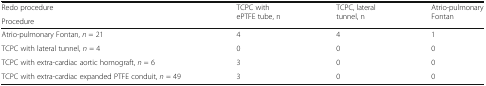
| Redo procedure | <ROWSPAN=2> TCPC with ePTFE tube, n | <ROWSPAN=2> TCPC, lateral tunnel, n | <ROWSPAN=2> Atrio-pulmonary Fontan |
 | Procedure |
 | --- | --- | --- | --- |
 | Atrio-pulmonary Fontan, n = 21 | 4 | 4 | 1 |
 | TCPC with lateral tunnel, n = 4 | 0 | 0 | 0 |
 | TCPC with extra-cardiac aortic homograft, n = 6 | 3 | 0 | 0 |
 | TCPC with extra-cardiac expanded PTFE conduit, n = 49 | 3 | 0 | 0 |